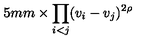
\hspace { 1 5 m m } \times \prod _ { i < j } ( v _ { i } - v _ { j } ) ^ { 2 \rho }